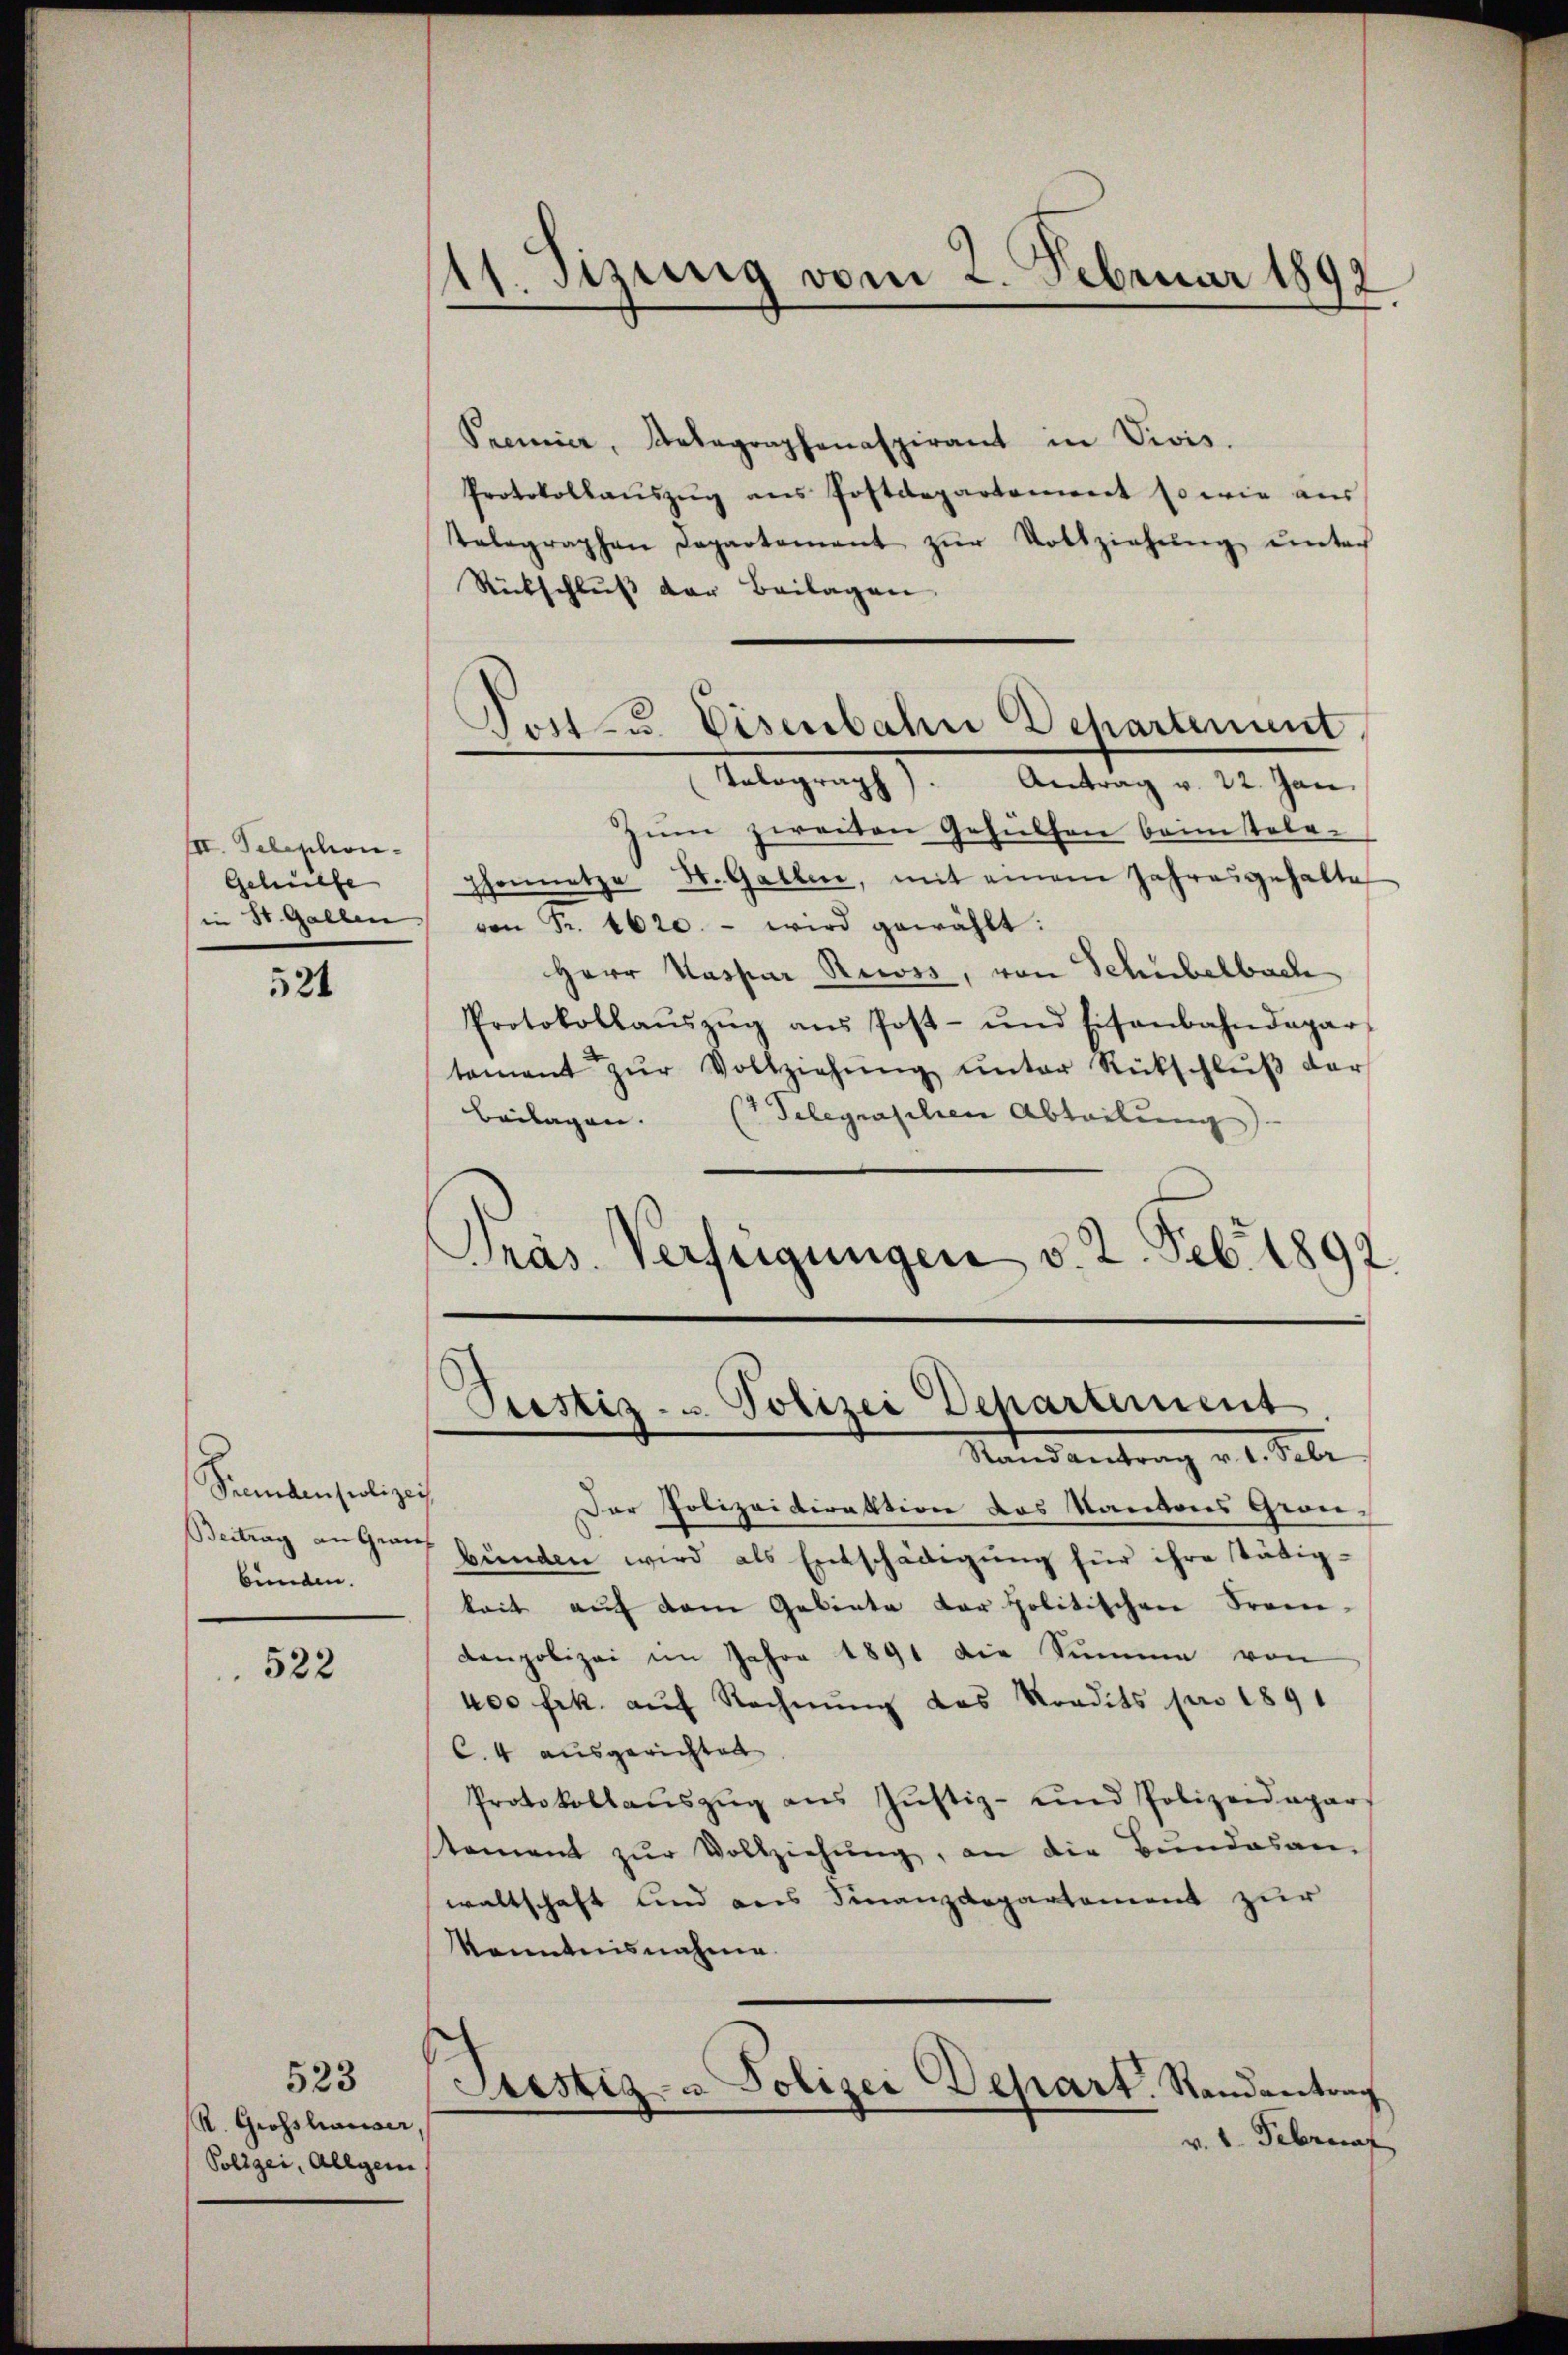
III. Telephon-
Gehülfe
in St. Galle

521

Senten Polizeis
bunden.

522

523
R. Grosshauser
Polizei, Allgem

11. Sizung vom 2. Februar 1897

Post zu. Eisenbahn Dchartement,
Telograph). Antrag v. 22. Jan.

Premier, Belegraphenaspirant in Vivis.
Protokollaŭszŭg ans Postdepartement so wie aus
Telegraphen Departement zŭr Vollziehŭng ŭnter
Rückschluss der Beilagen
zŭm zweiten Gehülfen beim tele-
Thonnetze H. Gallen, mit einem Jahresgehalte
von Fr. 1620. - wird gewählt:
Herr Kaspar Reiss, von Schübelbach
Protokollaŭszŭg aŭs Post- und Eisenbahndepar
tament zŭr Vollziehŭng ŭnter Rückschlŭβ der
Beilagen. (Telegraschen Abteilŭng
Präs. Verfügungen v. 2. Feb. 1892

Prestiz- u. Polizei Departement.
Randantrag v. 1. Sehr

Der Polizeidirektion des Kantons Gron¬
Beitrag an Graz bŭnden wird als Entschädigŭng für ihre tätig-
keit auf dem Gebiete der politischen Fremdenpolizei im Jahre 1891 die Summe von
400 Frk. auf Rechnung das Kondits pro 1891
C.4 ausgerichtet
Protokollaŭszŭg ans Jŭstiz- und Polizeidapars
tament zŭr Vollziehŭng, an die Bŭndesan-
waltschaft und aus Finanzdepartement zur
Kenntnisnahme
Stestiz- & Polizei Depart. Randantrag
v. 1. Februar